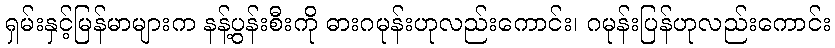
ရှမ်းနှင့်မြန်မာများက နန့်ပွန်းစီးကို ဓားဂမုန်းဟုလည်းကောင်း၊ ဂမုန်းပြန်ဟုလည်းကောင်း